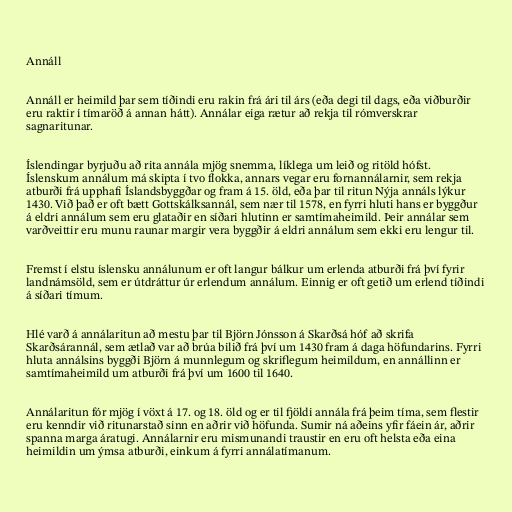
Annáll

Annáll er heimild þar sem tíðindi eru rakin frá ári til árs (eða degi til dags, eða viðburðir
eru raktir í tímaröð á annan hátt). Annálar eiga rætur að rekja til rómverskrar
sagnaritunar.

Íslendingar byrjuðu að rita annála mjög snemma, líklega um leið og ritöld hófst.
Íslenskum annálum má skipta í tvo flokka, annars vegar eru fornannálarnir, sem rekja
atburði frá upphafi Íslandsbyggðar og fram á 15. öld, eða þar til ritun Nýja annáls lýkur
1430. Við það er oft bætt Gottskálksannál, sem nær til 1578, en fyrri hluti hans er byggður
á eldri annálum sem eru glataðir en síðari hlutinn er samtímaheimild. Þeir annálar sem
varðveittir eru munu raunar margir vera byggðir á eldri annálum sem ekki eru lengur til.

Fremst í elstu íslensku annálunum er oft langur bálkur um erlenda atburði frá því fyrir
landnámsöld, sem er útdráttur úr erlendum annálum. Einnig er oft getið um erlend tíðindi
á síðari tímum.

Hlé varð á annálaritun að mestu þar til Björn Jónsson á Skarðsá hóf að skrifa
Skarðsárannál, sem ætlað var að brúa bilið frá því um 1430 fram á daga höfundarins. Fyrri
hluta annálsins byggði Björn á munnlegum og skriflegum heimildum, en annállinn er
samtímaheimild um atburði frá því um 1600 til 1640.

Annálaritun fór mjög í vöxt á 17. og 18. öld og er til fjöldi annála frá þeim tíma, sem flestir
eru kenndir við ritunarstað sinn en aðrir við höfunda. Sumir ná aðeins yfir fáein ár, aðrir
spanna marga áratugi. Annálarnir eru mismunandi traustir en eru oft helsta eða eina
heimildin um ýmsa atburði, einkum á fyrri annálatímanum.